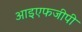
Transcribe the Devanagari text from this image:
आइएफजीपी